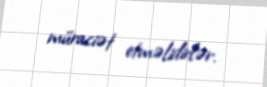
müraciət etməlidirlər.